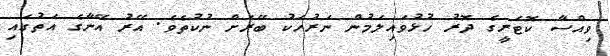
ވިއްސާ ކޮޓަރީގެ ދޮރު ހުޅުވައިލަމުން ނަރުހަކު ބޭރަށް ނުކުތެވެ. އޭރު އޭނާގެ އަތުގައި